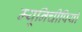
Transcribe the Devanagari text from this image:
म्यूनिचीपियो